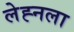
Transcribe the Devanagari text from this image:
लेह्नला